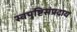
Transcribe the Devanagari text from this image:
स्वपुष्टिसंप्रदाय